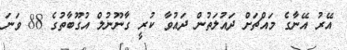
އޭރު އޭނާގެ މައްޗަށް ދައުލަތުން ދައުވާ ކުރީ ގާނޫނުލް އުގޫބާތުގެ 88 ވަނަ